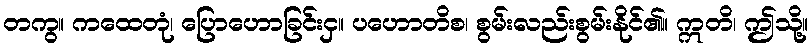
တကွ။ ကထေတုံ၊ ပြောဟောခြင်းငှ။ ပဟောတိစ၊ စွမ်းလည်းစွမ်းနိုင်၏။ ဣတိ၊ ဤသို့။